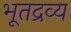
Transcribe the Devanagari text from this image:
भूतद्रव्य